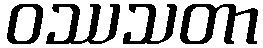
ဝဿသတာ